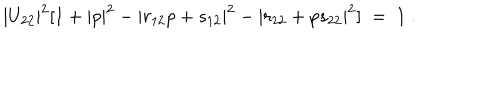
LaTeX: | U _ { 2 2 } | ^ { 2 } [ 1 + | p | ^ { 2 } - | r _ { 1 2 } p + s _ { 1 2 } | ^ { 2 } - | r _ { 2 2 } + p s _ { 2 2 } | ^ { 2 } ] \; = \; 1 \; .